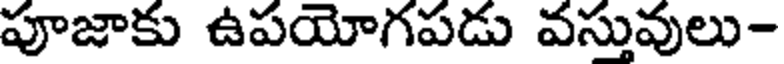
పూజాకు ఉపయోగపడు వస్తువులు-